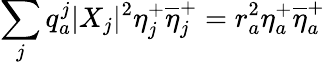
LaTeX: \sum_{j}q_{a}^{j}|X_{j}|^{2}\eta_{j}^{+}\overline{{{\eta}}}_{j}^{+}=r_{a}^{2}\eta_{a}^{+}\overline{{{\eta}}}_{a}^{+}